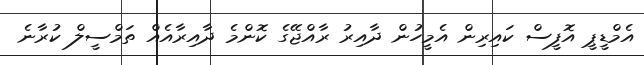
އެމްޑީޕީ އޮފީސް ކައިރިން އެމީހުން ދާއިރު ރާއްޖޭގެ ކޮންމެ ދާއިރާއެއް ތަމްސީލް ކުރާނެ